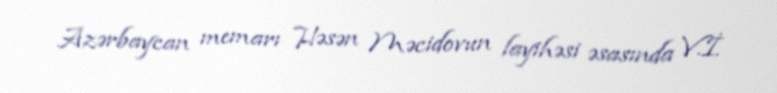
Azərbaycan memarı Həsən Məcidovun layihəsi əsasında V.İ.